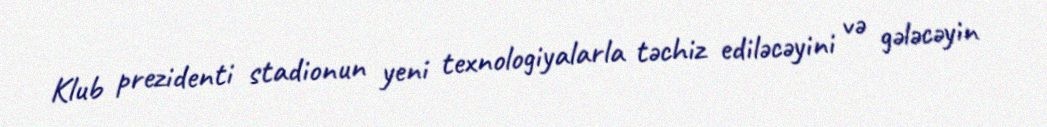
Klub prezidenti stadionun yeni texnologiyalarla təchiz ediləcəyini və gələcəyin